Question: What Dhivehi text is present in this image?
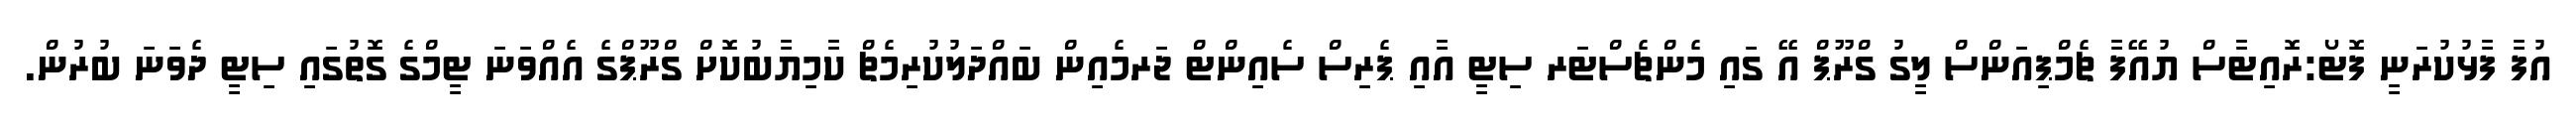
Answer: އުފާ ފާޅުކުރަނީ ފޮޓޯ:ރޮއިޓާސް ޔުއޭފާ ޗެމްޕިއަންސް ލީގު ގްރޫޕް އޭ ގައި މެންޗެސްޓަރ ސިޓީ އާއި ޕެރިސް ސެއިންޓް ޖަރމެއިން ބައްދަލުކުރިމެޗް ކާމިޔާބުކޮށް ގްރޫޕްގެ އެއްވަނަ ޓީމްގެ ގޮތުގައި ސިޓީ ދެވަނަ ބުރުން.